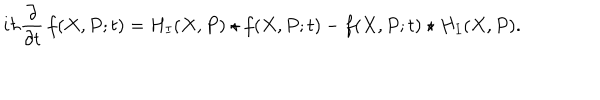
i \hbar \frac { \partial } { \partial t } \, f ( X , P ; t ) = H _ { I } ( X , P ) \star f ( X , P ; t ) - f ( X , P ; t ) \star H _ { I } ( X , P ) .